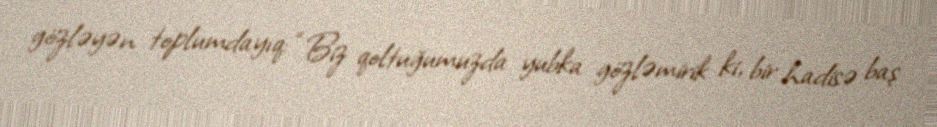
gözləyən toplumdayıq: “Biz qoltuğumuzda yubka gözləmirik ki, bir hadisə baş